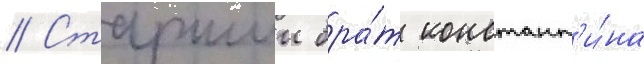
// Старшии бра́т констант'и́на